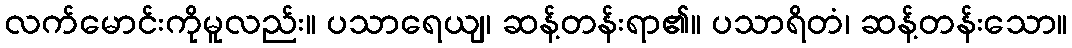
လက်မောင်းကိုမူလည်း။ ပသာရေယျ၊ ဆန့်တန်းရာ၏။ ပသာရိတံ၊ ဆန့်တန်းသော။